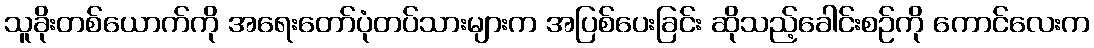
သူခိုးတစ်ယောက်ကို အရေးတော်ပုံတပ်သားများက အပြစ်ပေးခြင်း ဆိုသည့်ခေါင်းစဉ်ကို ကောင်လေးက